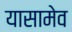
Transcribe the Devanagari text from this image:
यासामेव